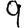
Digit: 9